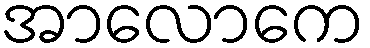
အာလောကေ